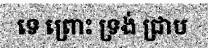
ទេ ព្រោះ ទ្រង់ ជ្រាប